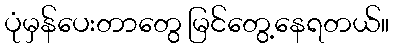
ပုံမှန်ပေးတာတွေ မြင်တွေ့နေရတယ်။